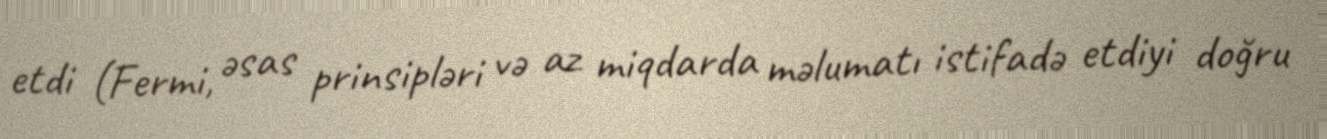
etdi (Fermi, əsas prinsipləri və az miqdarda məlumatı istifadə etdiyi doğru